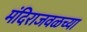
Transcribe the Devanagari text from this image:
मंदिराजवळच्या